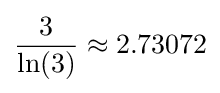
{3 \over \ln(3)}\approx 2.73072